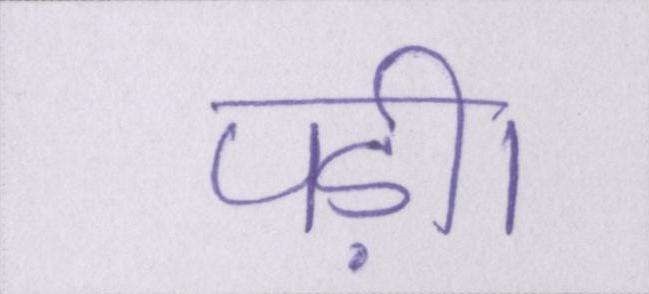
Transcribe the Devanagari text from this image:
पड़ी।